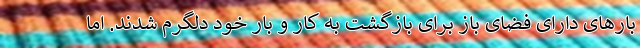
بارهای دارای فضای باز برای بازگشت به کار و بار خود دلگرم شدند. اما